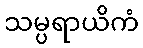
သမ္ပရာယိကံ